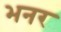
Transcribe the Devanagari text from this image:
भनर